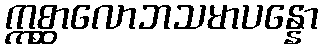
ဣစ္ဆာလောဘသမာပန္နော